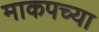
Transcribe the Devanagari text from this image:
माकपच्या